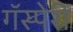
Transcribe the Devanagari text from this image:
गॅस्पेरी